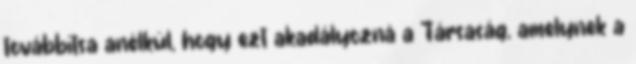
továbbítsa anélkül, hogy ezt akadályozná a Társaság, amelynek a